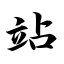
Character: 站